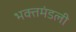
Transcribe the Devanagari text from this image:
भक्तमंडली